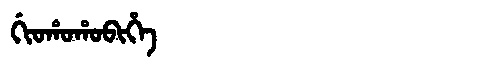
Manchu: ᡤᡳᠣᡥᠣᡥᠣᠪᡳᡥᡝ
Romanization: GIOHOHOBIHE